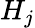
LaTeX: H_{j}